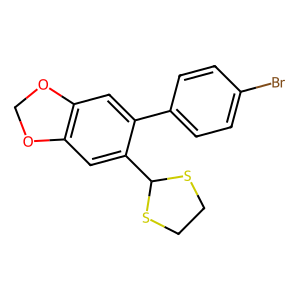
SMILES: Brc1ccc(-c2cc3c(cc2C2SCCS2)OCO3)cc1
Inhibits HIV replication: No